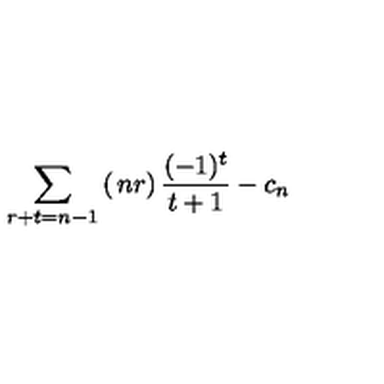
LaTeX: \sum _ { r + t = n - 1 } \left( \begin{matrix} { n } \\ { r } \\ \end{matrix} \right) \frac { ( - 1 ) ^ { t } } { t + 1 } - c _ { n }